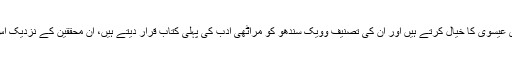
[8] بعض محققین انہیں بارہویں صدی عیسوی کا خیال کرتے ہیں اور ان کی تصنیف وویک سندھو کو مراٹھی ادب کی پہلی کتاب قرار دیتے ہیں، ان محققین کے نزدیک اس کتاب کا سنہ تصنیف 1188ء ہے۔